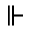
\Vdash